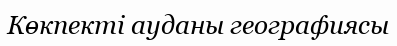
Көкпекті ауданы географиясы